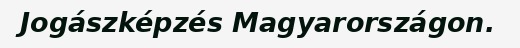
Jogászképzés Magyarországon.